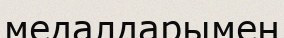
медалдарымен